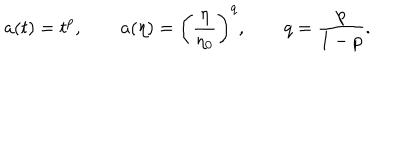
LaTeX: a ( t ) = t ^ { p } , \qquad a ( \eta ) = \left( \frac { \eta } { \eta _ { 0 } } \right) ^ { q } , \qquad q = \frac { p } { 1 - p } .